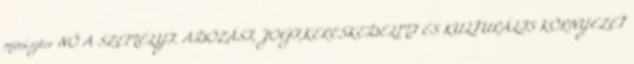
miniszter NŐ A SZEMÉLYI. ADÓZÁSI, JOGI,KERESKEDELMI ÉS KULTURÁLIS KÖRNYEZET